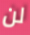
لن